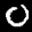
Label: 0